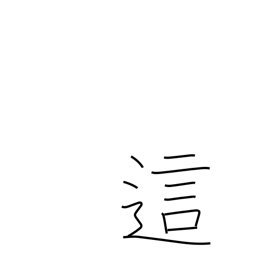
Meaning: creep